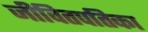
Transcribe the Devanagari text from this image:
जीवितपतिका